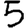
Digit: 5